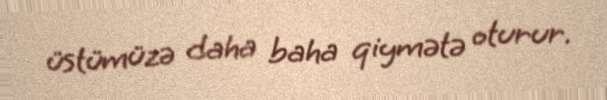
üstümüzə daha baha qiymətə oturur.